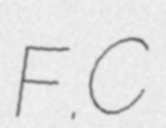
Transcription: F.C